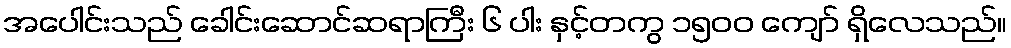
အပေါင်းသည် ခေါင်းဆောင်ဆရာကြီး ၆ ပါး နှင့်တကွ ၁၅၀၀ ကျော် ရှိလေသည်။